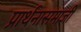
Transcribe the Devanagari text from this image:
प्रार्थनासमाजी